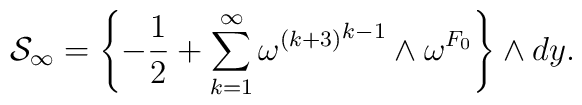
{\cal S}_{\infty}=\left\{-{1\over2}+\sum_{k=1}^{\infty}{{\omega^{(k+3)}}^{k-1}\wedge\omega^{F_0}}\right\}\wedge dy.